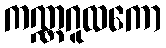
ကဏ္ဏဂူထကော